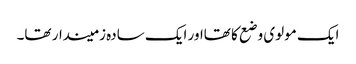
ایک مولوی وضع کا تھااور ایک سادہ زمیندار تھا۔